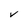
Character: V